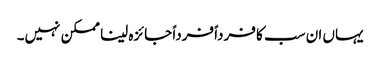
یہاں ان سب کا فرداً فرداً جائزہ لینا ممکن نہیں۔